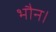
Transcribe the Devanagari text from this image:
भौन।